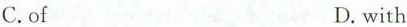
C.of D.with